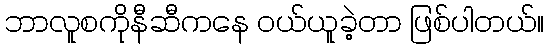
ဘာလူစကိုနီဆီကနေ ဝယ်ယူခဲ့တာ ဖြစ်ပါတယ်။